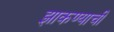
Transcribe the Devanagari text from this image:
झाकण्याची